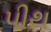
પીથ